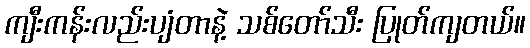
ကျီးကန်းလည်းပျံတာနဲ့ သစ်တော်သီး ပြုတ်ကျတယ်။